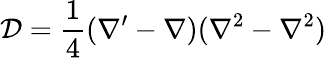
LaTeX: \mathcal{D}=\frac{1}{4}(\nabla^{\prime}-\nabla)(\nabla^{2}-\nabla^{2})